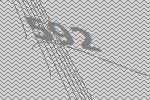
592